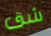
شق